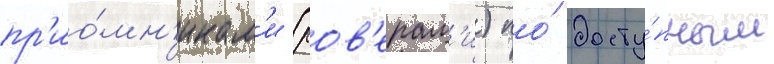
пр'ио́мн'икам'и (ров'ерам'и) по́ досту́пным